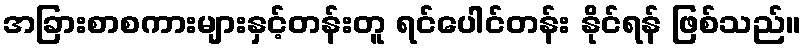
အခြားစာစကားများနှင့်တန်းတူ ရင်ပေါင်တန်း နိုင်ရန် ဖြစ်သည်။